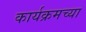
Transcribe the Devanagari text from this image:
कार्यक्रमच्या